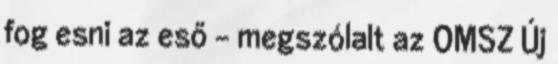
fog esni az eső - megszólalt az OMSZ Új